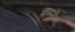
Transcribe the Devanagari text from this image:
दन्तॆ